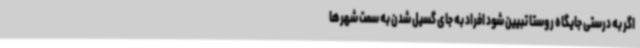
اگر به درستی جایگاه روستا تبیین شود افراد به جای گسیل شدن به سمت شهرها